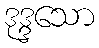
ဒုဒ္ဒသော